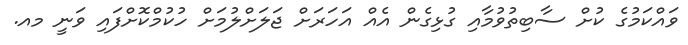
ވައްކަމުގެ ކުށް ސާބިތުވުމާއި ގުޅިގެން އެއް އަހަރަށް ޖަލަށްލުމަށް ހުކުމްކޮށްފައި ވަނީ މއ.